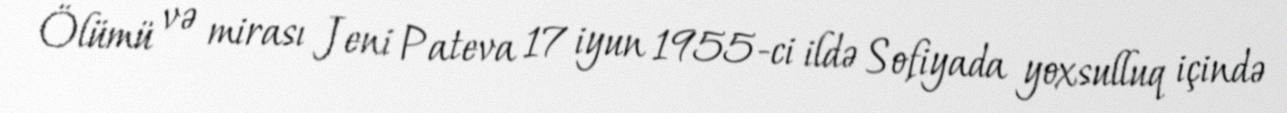
Ölümü və mirası Jeni Pateva 17 iyun 1955-ci ildə Sofiyada yoxsulluq içində